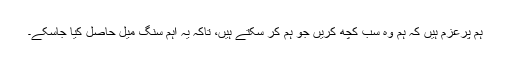
ہم پُرعزم ہیں کہ ہم وہ سب کچھ کریں جو ہم کر سکتے ہیں، تاکہ یہ اہم سنگ میل حاصل کیا جاسکے۔